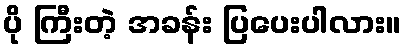
ပို ကြီးတဲ့ အခန်း ပြပေးပါလား။